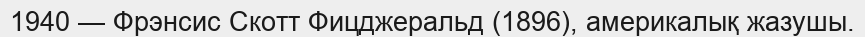
1940 — Фрэнсис Скотт Фицджеральд (1896), америкалық жазушы.